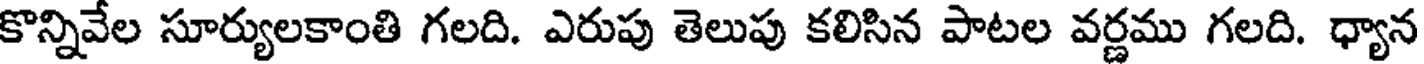
కొన్నివేల సూర్యులకాంతి గలది. ఎరుపు తెలుపు కలిసిన పాటల వర్ణము గలది. ధ్యాన